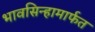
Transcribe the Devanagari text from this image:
भावसिन्हामार्फत